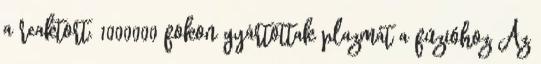
a reaktort. 1000000 fokon gyártottak plazmát a fúzióhoz Az